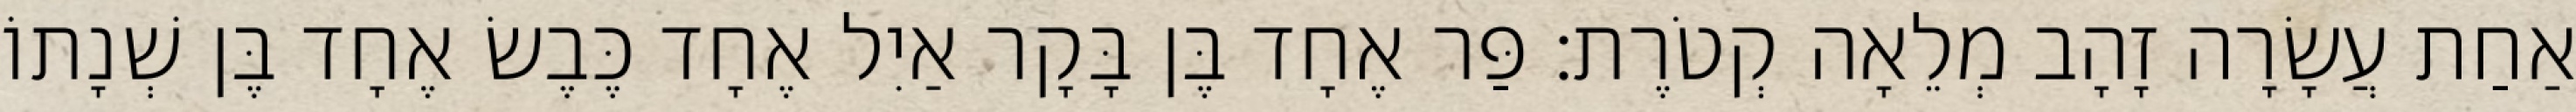
אַחַת עֲשָׂרָה זָהָב מְלֵאָה קְטֹרֶת׃ פַּר אֶחָד בֶּן בָּקָר אַיִל אֶחָד כֶּבֶשׂ אֶחָד בֶּן שְׁנָתוֹ